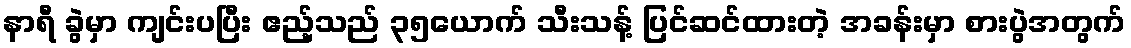
နာရီ ခွဲမှာ ကျင်းပပြီး ဧည့်သည် ၃၅ယောက် သီးသန့် ပြင်ဆင်ထားတဲ့ အခန်းမှာ စားပွဲအတွက်